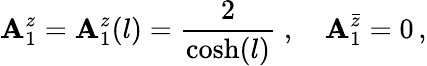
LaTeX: \mathbf{A}_{1}^{z}=\mathbf{A}_{1}^{z}(l)=\frac{{2}}{{\cosh(l)}}\; ,\quad\mathbf{A}_{1}^{\bar{{z}}}=0\, ,